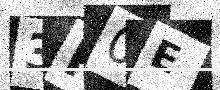
Text: 3F0E